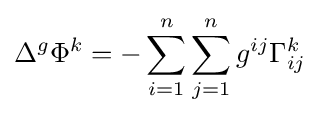
\Delta ^{g}\Phi ^{k}=-\sum _{i=1}^{n}\sum _{j=1}^{n}g^{ij}\Gamma _{ij}^{k}